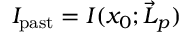
I _ { \mathrm { p a s t } } = I ( x _ { 0 } ; \vec { L } _ { p } )